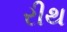
રીથ